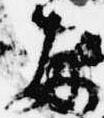
毎